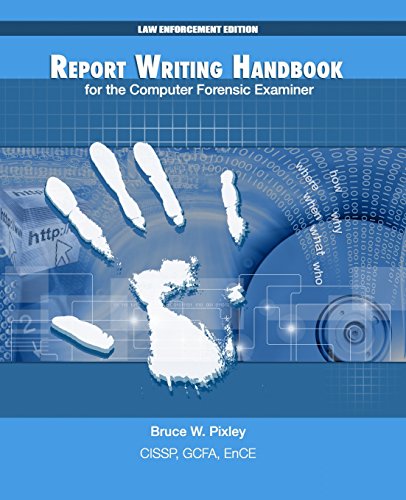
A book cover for Report Writing Handbook for the Computer Forensic Examiner: Law Enforcement Edition; Bruce W Pixley; Law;